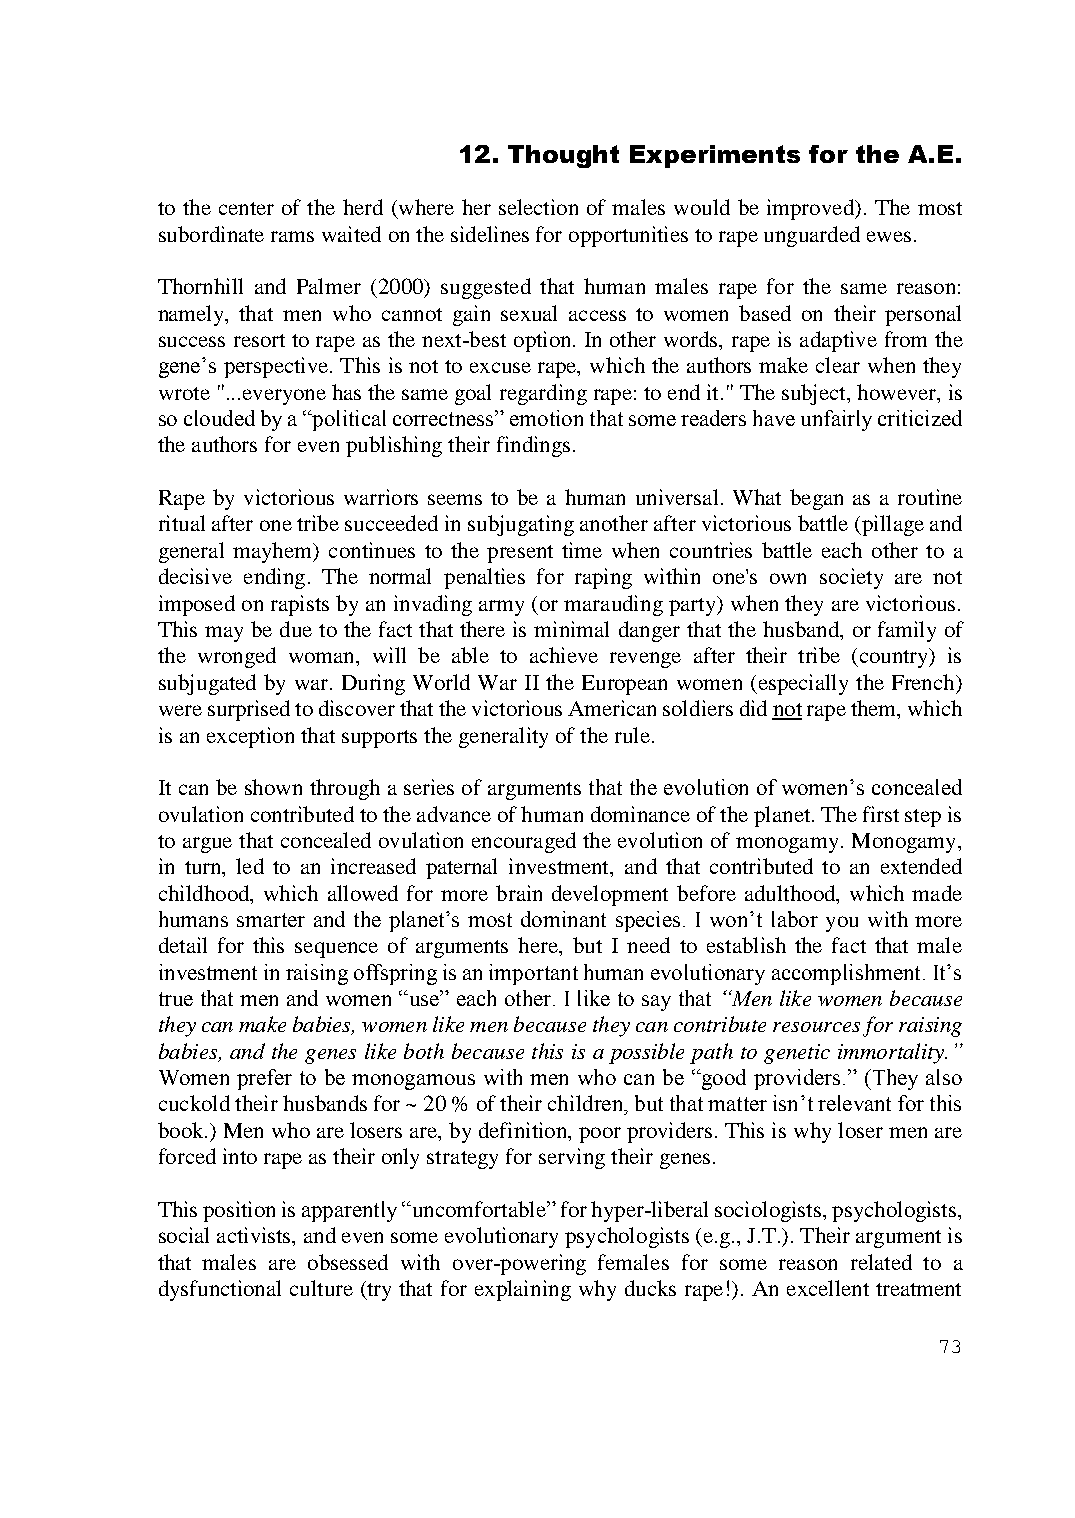
12. Thought Experiments for the A.E.
 to the center of the herd (where her selection of males would be improved). The most
 subordinate rams waited on the sidelines for opportunities to rape unguarded ewes.
 Thornhill and Palmer (2000) suggested that human males rape for the same reason:
 namely, that men who cannot gain sexual access to women based on their personal
 success resort to rape as the next-best option. In other words, rape is adaptive from the
 gene’s perspective. This is not to excuse rape, which the authors make clear when they
 wrote "...everyone has the same goal regarding rape: to end it." The subject, however, is
 so clouded by a “political correctness” emotion that some readers have unfairly criticized
 the authors for even publishing their findings.
 Rape by victorious warriors seems to be a human universal. What began as a routine
 ritual after one tribe succeeded in subjugating another after victorious battle (pillage and
 general mayhem) continues to the present time when countries battle each other to a
 decisive ending. The normal penalties for raping within one's own society are not
 imposed on rapists by an invading army (or marauding party) when they are victorious.
 This may be due to the fact that there is minimal danger that the husband, or family of
 the wronged woman, will be able to achieve revenge after their tribe (country) is
 subjugated by war. During World War II the European women (especially the French)
 were surprised to discover that the victorious American soldiers did not rape them, which
 is an exception that supports the generality of the rule.
 It can be shown through a series of arguments that the evolution of women’s concealed
 ovulation contributed to the advance of human dominance of the planet. The first step is
 to argue that concealed ovulation encouraged the evolution of monogamy. Monogamy,
 in turn, led to an increased paternal investment, and that contributed to an extended
 childhood, which allowed for more brain development before adulthood, which made
 humans smarter and the planet’s most dominant species. I won’t labor you with more
 detail for this sequence of arguments here, but I need to establish the fact that male
 investment in raising offspring is an important human evolutionary accomplishment. It’s
 true that men and women “use” each other. I like to say that “Men like women because
 they can make babies, women like men because they can contribute resources for raising
 babies, and the genes like both because this is a possible path to genetic immortality.”
 Women prefer to be monogamous with men who can be “good providers.” (They also
 cuckold their husbands for ~ 20 % of their children, but that matter isn’t relevant for this
 book.) Men who are losers are, by definition, poor providers. This is why loser men are
 forced into rape as their only strategy for serving their genes.
 This position is apparently “uncomfortable” for hyper-liberal sociologists, psychologists,
 social activists, and even some evolutionary psychologists (e.g., J.T.). Their argument is
 that males are obsessed with over-powering females for some reason related to a
 dysfunctional culture (try that for explaining why ducks rape!). An excellent treatment
 73